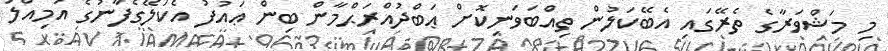
މި މަޝްވަރާގެ ތެރޭގައި އެބޭކަލުން ތިއްބަވަނިކޮށް ޢަބްދުއްރަޙްމާން ބިން ޢައުފު އެކަލޭގެފާނުގެ އަމިއްލަ